Annual administration report of the Civil Veterinary Department of India - 1898-1899
Year: 1898
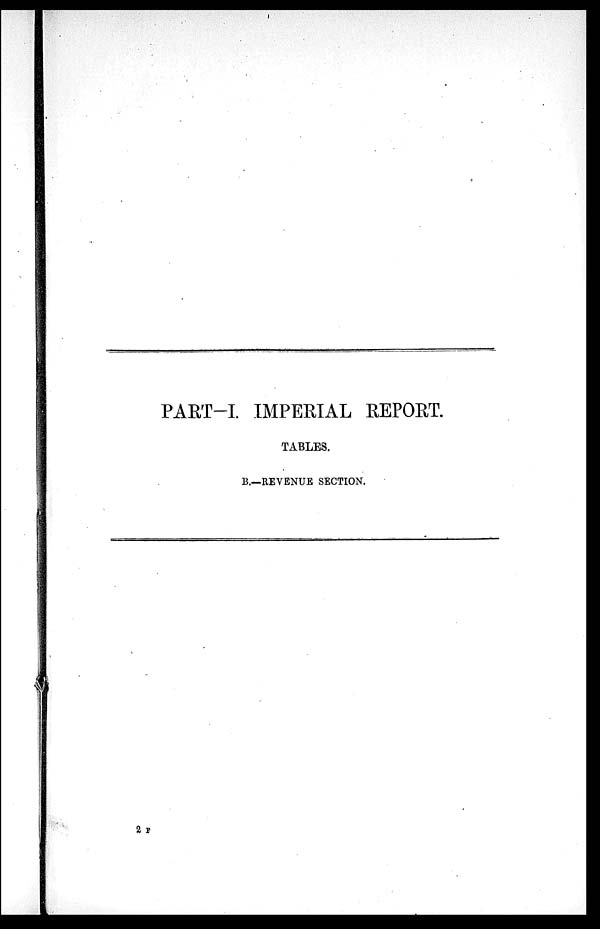
PART-I. IMPERIAL REPORT.
TABLES.
B.—REVENUE SECTION.
2 F